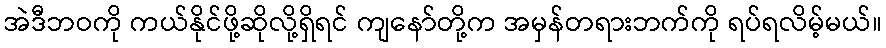
အဲဒီဘဝကို ကယ်နိုင်ဖို့ဆိုလို့ရှိရင် ကျနော်တို့က အမှန်တရားဘက်ကို ရပ်ရလိမ့်မယ်။